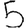
Digit: 5